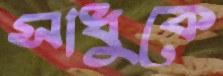
সাধুকে